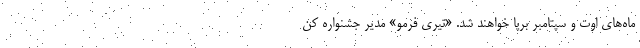
ماه‌های اوت و سپتامبر برپا خواهند شد. «تیری فرمو» مدیر جشنواره کن